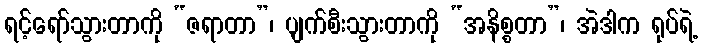
ရင့်ရော်သွားတာကို “ဇရာတာ”၊ ပျက်စီးသွားတာကို “အနိစ္စတာ”၊ အဲဒါက ရုပ်ရဲ့